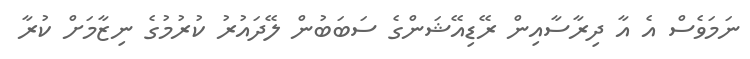
ނަމަވެސް އެ އާ ދިރާސާއިން ރޭޑިއޭޝަންގެ ސަބަބުން ލޭދައުރު ކުރުމުގެ ނިޒާމަށް ކުރާ